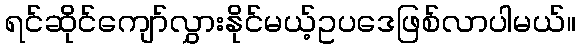
ရင်ဆိုင်ကျော်လွှားနိုင်မယ့်ဥပဒေဖြစ်လာပါမယ်။